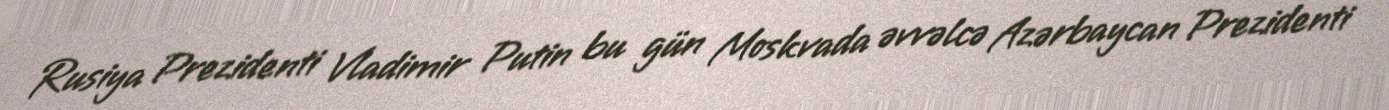
Rusiya Prezidenti Vladimir Putin bu gün Moskvada əvvəlcə Azərbaycan Prezidenti